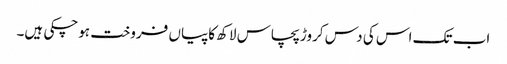
اب تک اس کی دس کروڑ پچاس لاکھ کاپیاں فروخت ہوچکی ہیں۔